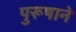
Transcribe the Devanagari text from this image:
पुरूषाने